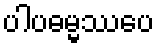
ပါပဓမ္မဿပေ